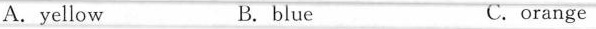
A.yellow B. blue C.orange